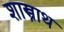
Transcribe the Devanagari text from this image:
शास्त्राथ